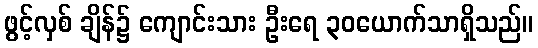
ဖွင့်လှစ် ချိန်၌ ကျောင်းသား ဦးရေ ၃၀ယောက်သာရှိသည်။